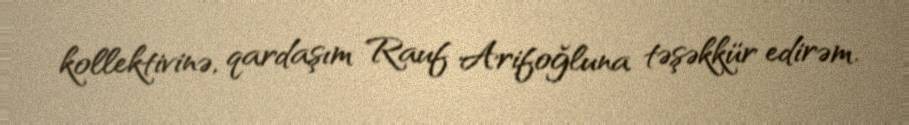
kollektivinə, qardaşım Rauf Arifoğluna təşəkkür edirəm.